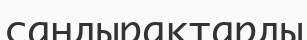
сандырақтарды